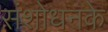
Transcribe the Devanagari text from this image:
संशोधनके